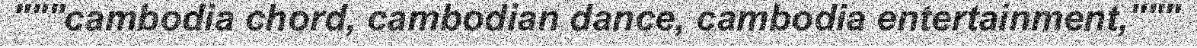
"""cambodia chord, cambodian dance, cambodia entertainment,"""